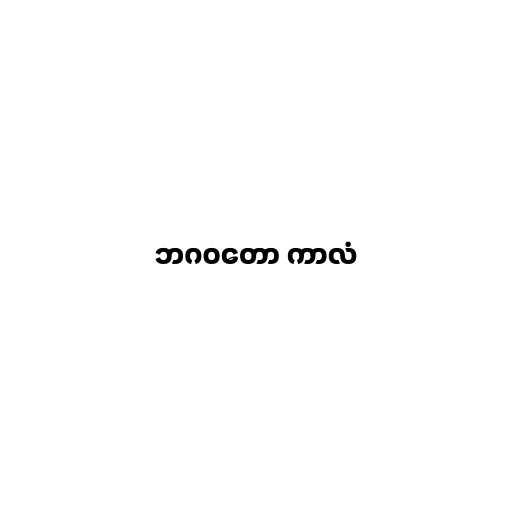
ဘဂဝတော ကာလံ